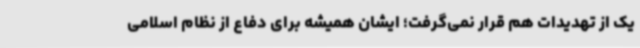
یک از تهدیدات هم قرار نمی‌گرفت؛ ایشان همیشه برای دفاع از نظام اسلامی